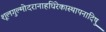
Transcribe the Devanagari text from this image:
शूलगुल्मोदरानाहधिरेकास्थापनादिषु